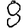
Digit: 8